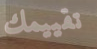
تقييمك